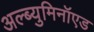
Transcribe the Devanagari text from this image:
अल्ब्युमिनॉएड